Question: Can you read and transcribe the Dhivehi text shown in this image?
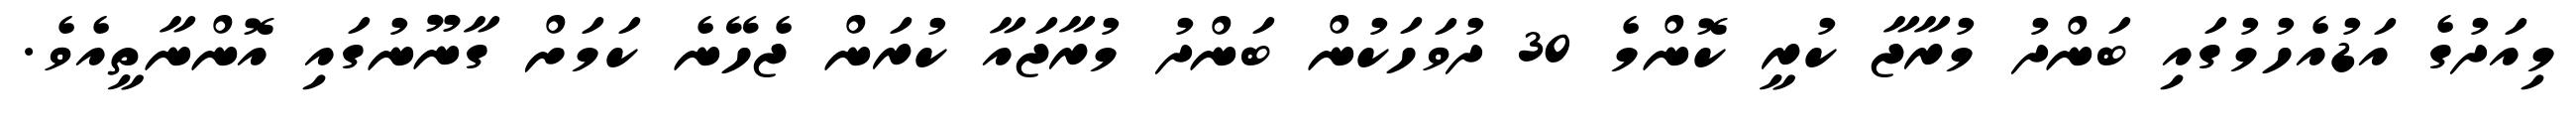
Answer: މިއަދުގެ އަޑުއެހުމުގައި ބަންދު މުރާޖާ ކުރީ ކޮންމެ 30 ދުވަހަކުން ބަންދު މުރާޖައާ ކުރަން ޖެހޭނެ ކަމަށް ގާނޫނުގައި އޮންނާތީއެވެ.